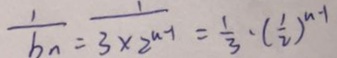
\frac { 1 } { b _ { n } } = \frac { 1 } { 3 \times 2 ^ { n - 1 } } = \frac { 1 } { 3 } \cdot ( \frac { 1 } { 2 } ) ^ { n - 1 }